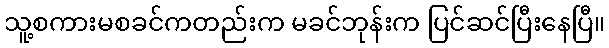
သူ့စကားမစခင်ကတည်းက မခင်ဘုန်းက ပြင်ဆင်ပြီးနေပြီ။